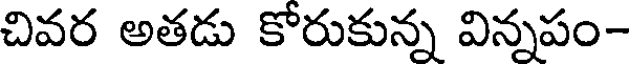
చివర అతడు కోరుకున్న విన్నపం-